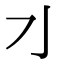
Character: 𰛄